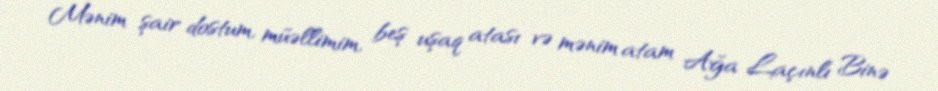
Mənim şair dostum, müəllimim, beş uşaq atası və mənim atam Ağa Laçınlı Binə